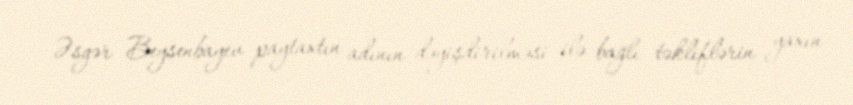
Əsgər Beysenbayev paytaxtın adının dəyişdirilməsi ilə bağlı təkliflərin yaxın